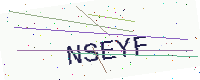
Text: NSEYF